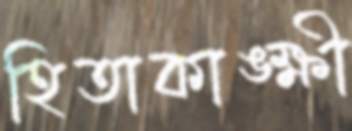
হিতাকাঙ্ক্ষী